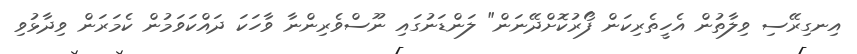
އިނގިރޭސި ވިލާތުން އެހީތެރިކަން ފޯރުކޮށްދޭނަން" ލަންޑަނުގައި ނޫސްވެރިންނާ ވާހަކަ ދައްކަވަމުން ކެމަރަން ވިދާޅުވި